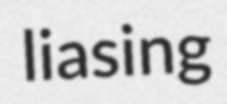
liasing